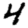
Digit: 4